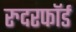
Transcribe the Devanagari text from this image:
रुदरफॉर्ड